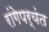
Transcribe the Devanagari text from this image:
रांगेपर्यंत